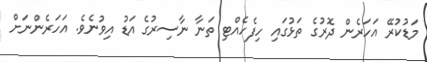
މަޑުކުރޭ އަހަރެން ދޮރުގެ ތަޅުގައި ހިފެހެއްޓި ތަނާ ނާސިރުގެ އަޑު އިވުނެވެ. އަހަރެންނަށް